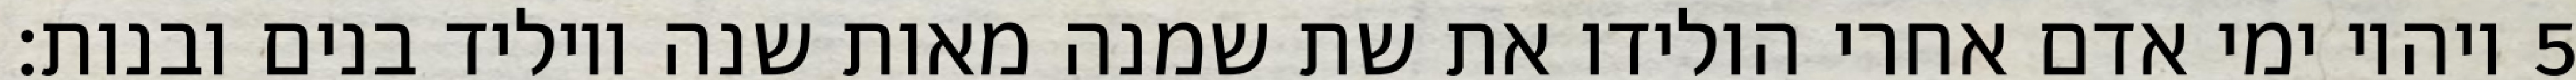
ויהיו ימי אדם אחרי הולידו את שת שמנה מאות שנה ויוליד בנים ובנות׃ ‎5‏